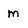
Character: m